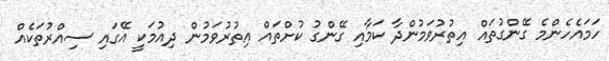
ހަމައެހެންމެ ގޭންގުތައް އިތުރުވަމުންދާ ކަމާއި ގޭންގު ކުށްތައް އިތުރުވަމުން ދިއުމަކީ އޭގައި ސިއްރުތަކެއް